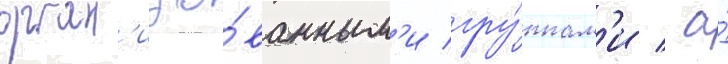
орган'изо́ванным'и гру́ппам'и / а́